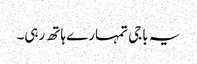
یہ باجی تمہارے ہاتھ رہی۔